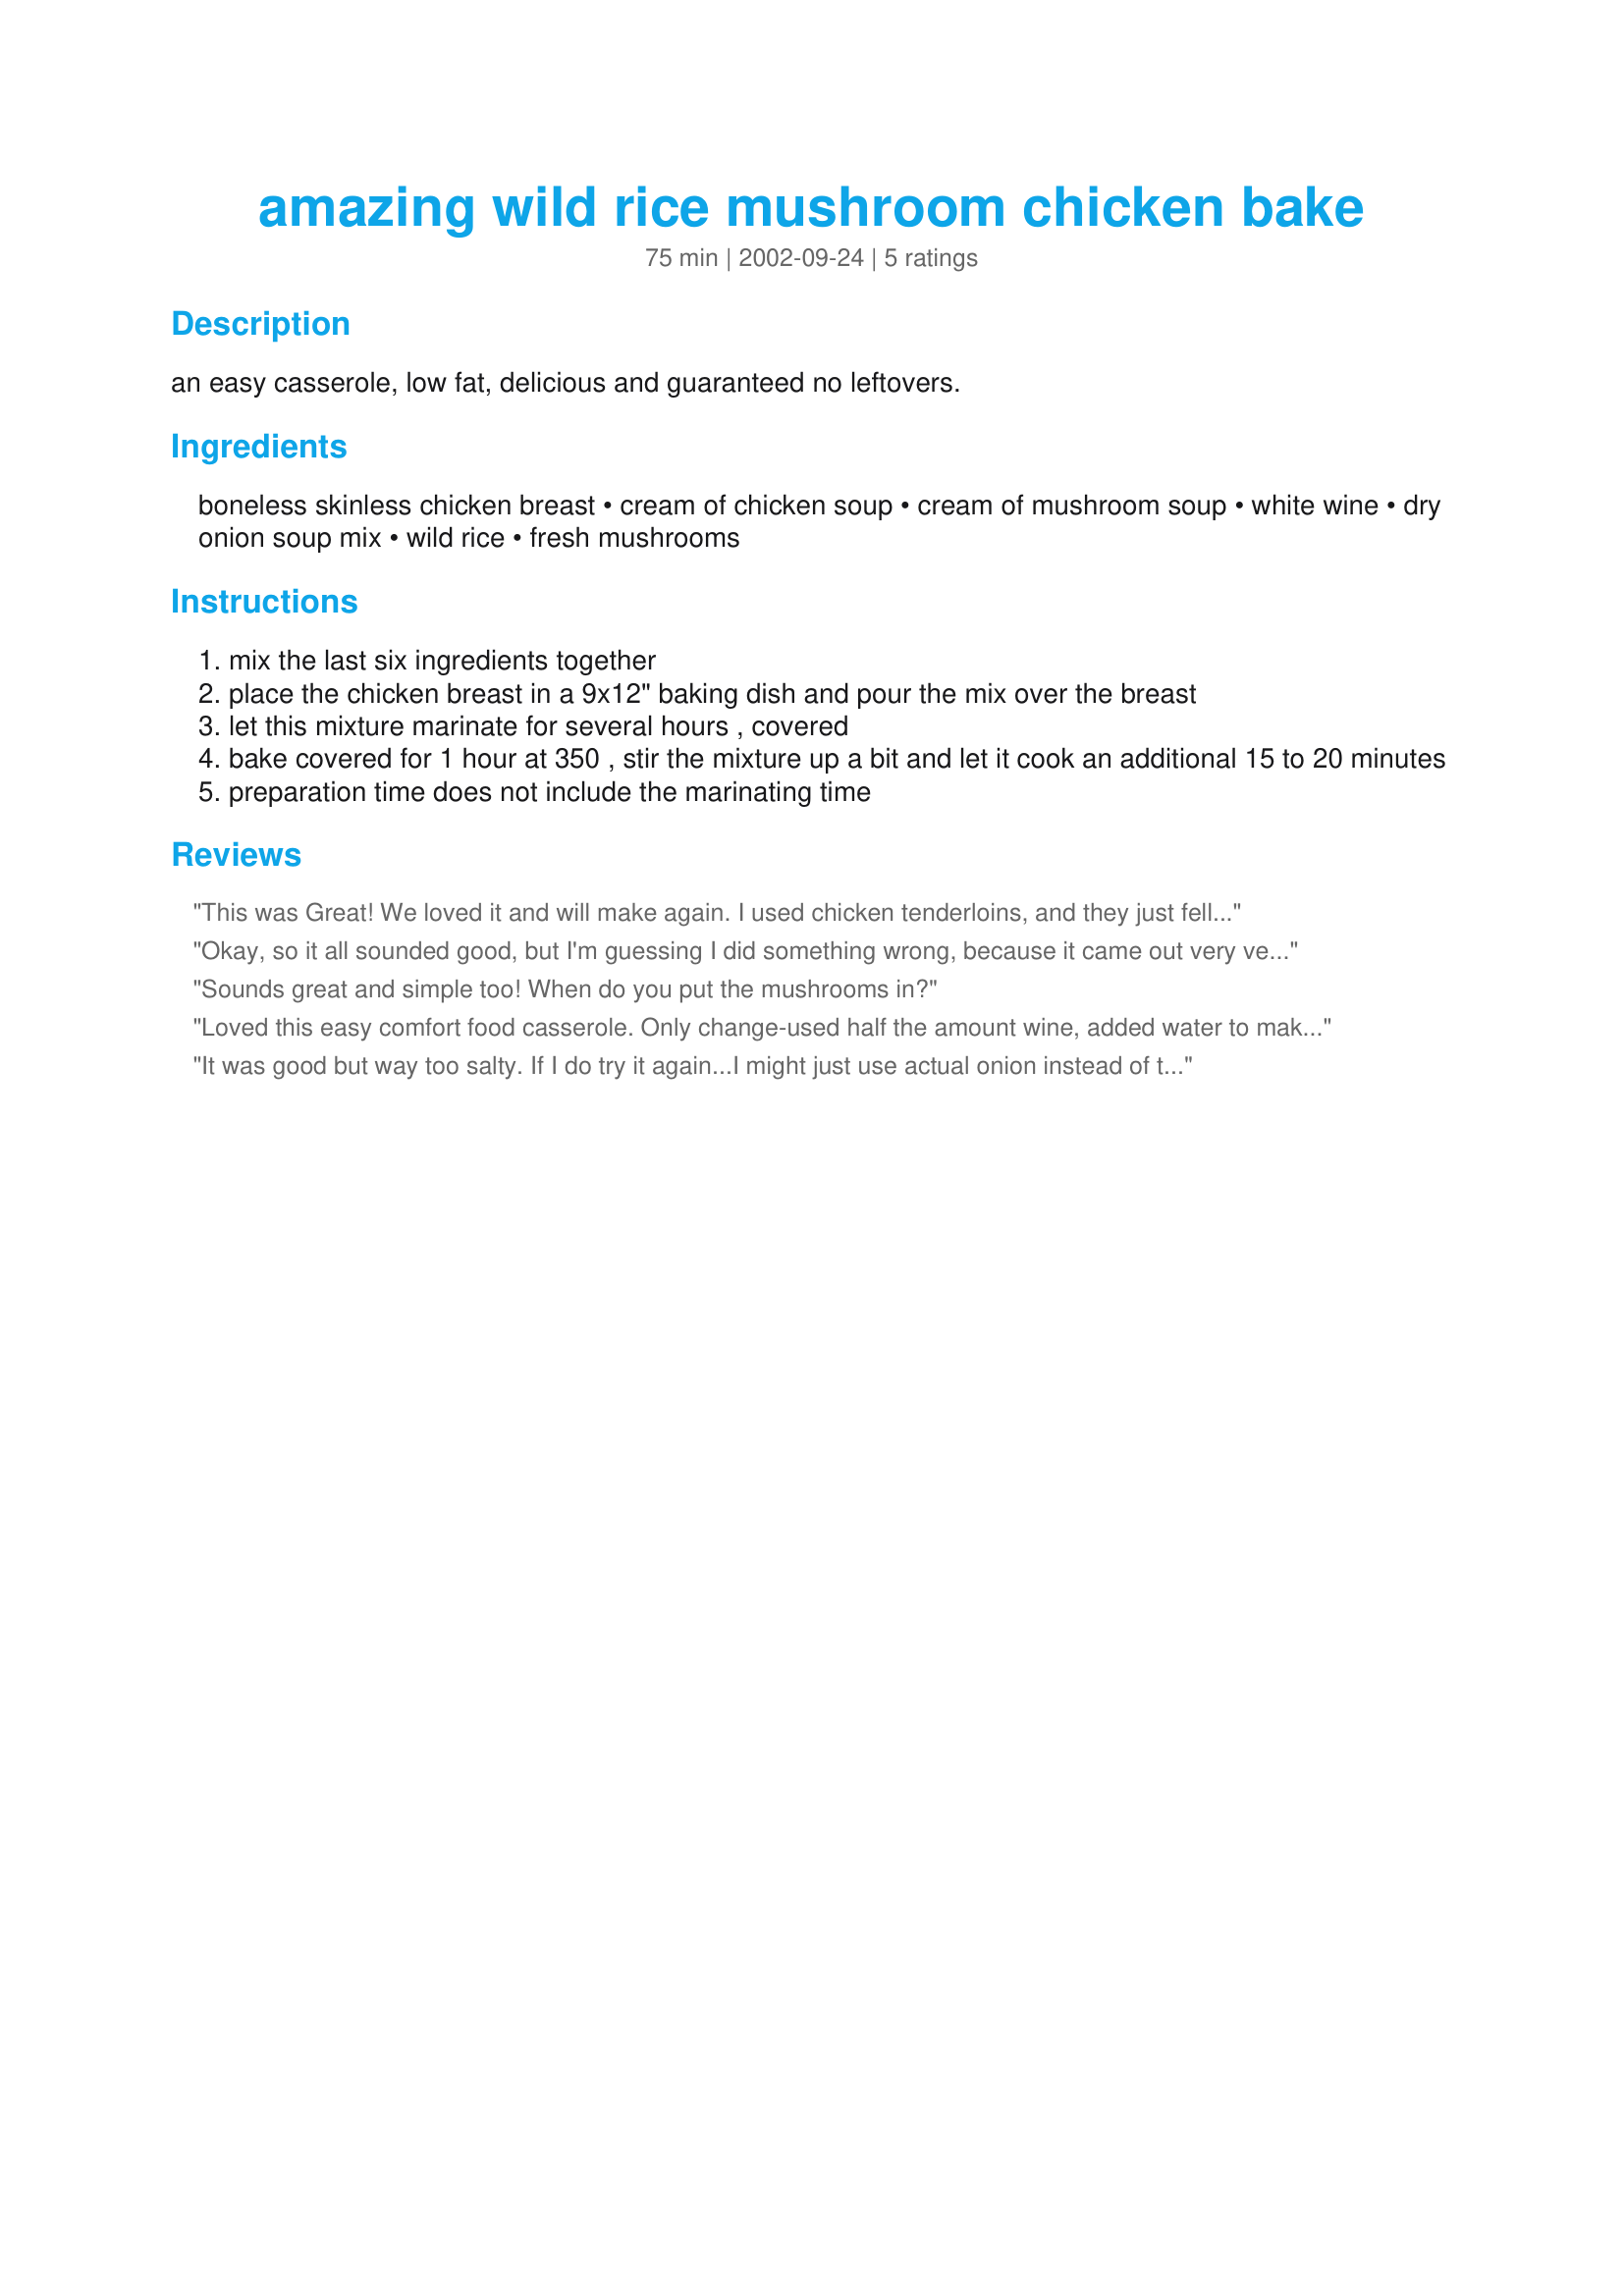
amazing wild rice mushroom chicken bake
Preparation time: 75 minutes

an easy casserole, low fat, delicious and guaranteed no leftovers.

Ingredients:
boneless skinless chicken breast, cream of chicken soup, cream of mushroom soup, white wine, dry onion soup mix, wild rice, fresh mushrooms

Steps:
mix the last six ingredients together
place the chicken breast in a 9x12" baking dish and pour the mix over the breast
let this mixture marinate for several hours , covered
bake covered for 1 hour at 350 , stir the mixture up a bit and let it cook an additional 15 to 20 minutes
preparation time does not include the marinating time

Reviews:
This was Great! We loved it and will make again. I used chicken tenderloins, and they just fell apart when you cut them!!! My picky 6 year old loved it!
Okay, so it all sounded good, but I'm guessing I did something wrong, because it came out very very very salty. Now I'm guessing it was the Uncle Ben's Wild Rice part. I used the Chicken Herb kind, and maybe that's where I went wrong. I Was suppose to use the package of seasoning that came in the box right? I don't even think it needed any of the powdered mix, but if so i'd say don't use more than half. Maybe even 1/4. But I don't even know if that's what made it taste so bad. Actually, I was forgetting about the dry onion soup. THAT'S what the whole recipe tastes like. I would not use that ingred. at all. Anyhow, we are a family who is growing in grace while following The Lord Jesus who teaches to be content with Something to eat. That is the attitude we will have while eating this meal, salty as it may be, as there are many around the world who have had absolutely nothing to eat today, this week, all month. Thank you Jesus for this food, amen.
Sounds great and simple too! When do you put the mushrooms in?
Loved this easy comfort food casserole. Only change-used half the amount wine, added water to make up the difference. The fresh mushrooms are key.
It was good but way too salty. If I do try it again...I might just use actual onion instead of the powder, and reduced sodium soups. The wine was a little overpowering for me, so I might use only half as much next time...

Otherwise, enjoyable...!
